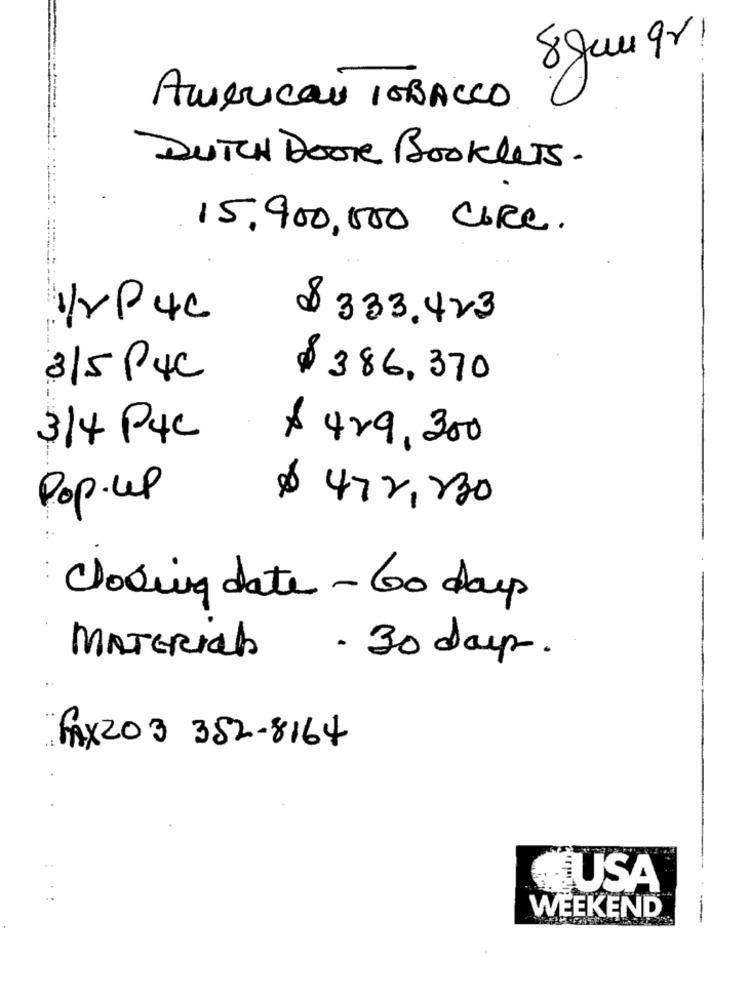
8 Jam qr.
American ISBACCO
DUTCH BOOK BOOKLETS.
15,900,000 CIRe.
1/2P4C
$ 333.423
315 PUC $ 386, 370
314 P4C
$ 429,300
Pop.up
$ 472,230
Closing date - 60 days
MATERIch - 30 days.
FAX203 352-8164
USA
WEEKEND
--